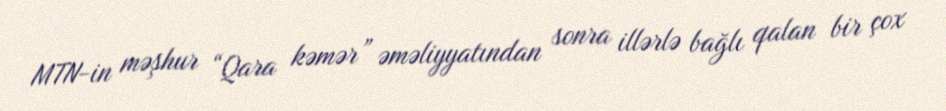
MTN-in məşhur “Qara kəmər” əməliyyatından sonra illərlə bağlı qalan bir çox